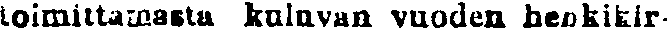
toimittamasta kuluvan vuoden henkikir-